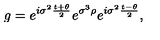
g = e ^ { i \sigma ^ { 2 } \frac { t + \theta } { 2 } } e ^ { \sigma ^ { 3 } \rho } e ^ { i \sigma ^ { 2 } \frac { t - \theta } { 2 } } ,